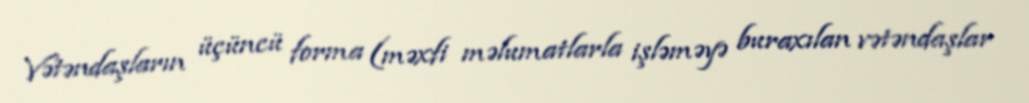
Vətəndaşların üçüncü forma (məxfi məlumatlarla işləməyə buraxılan vətəndaşlar